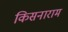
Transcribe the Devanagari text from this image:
किसनाराम